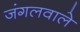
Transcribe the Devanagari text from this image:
जंगलवाले